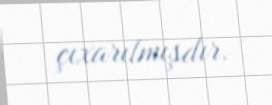
çıxarılmışdır.